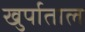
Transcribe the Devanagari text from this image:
खुर्पाताल